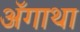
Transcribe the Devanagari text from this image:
ॲगाथा